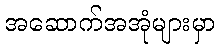
အဆောက်အအုံများမှာ